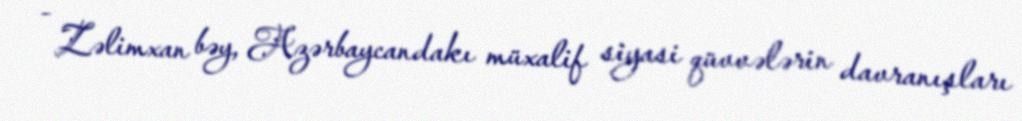
- Zəlimxan bəy, Azərbaycandakı müxalif siyasi qüvvələrin davranışları